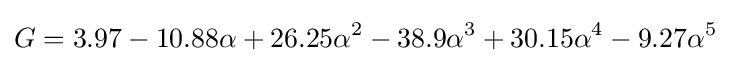
G=3.97-10.88\alpha +26.25\alpha ^{2}-38.9\alpha ^{3}+30.15\alpha ^{4}-9.27\alpha ^{5}